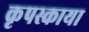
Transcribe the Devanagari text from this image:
कृपस्काया